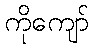
ကိုကျော်